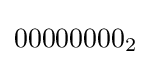
00000000_{2}